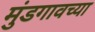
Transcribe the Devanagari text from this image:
मुंडगावच्या